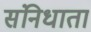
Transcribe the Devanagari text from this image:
संनिधाता